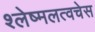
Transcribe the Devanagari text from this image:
श्लेष्मलत्वचेस